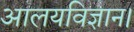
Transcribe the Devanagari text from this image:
आलयविज्ञान।